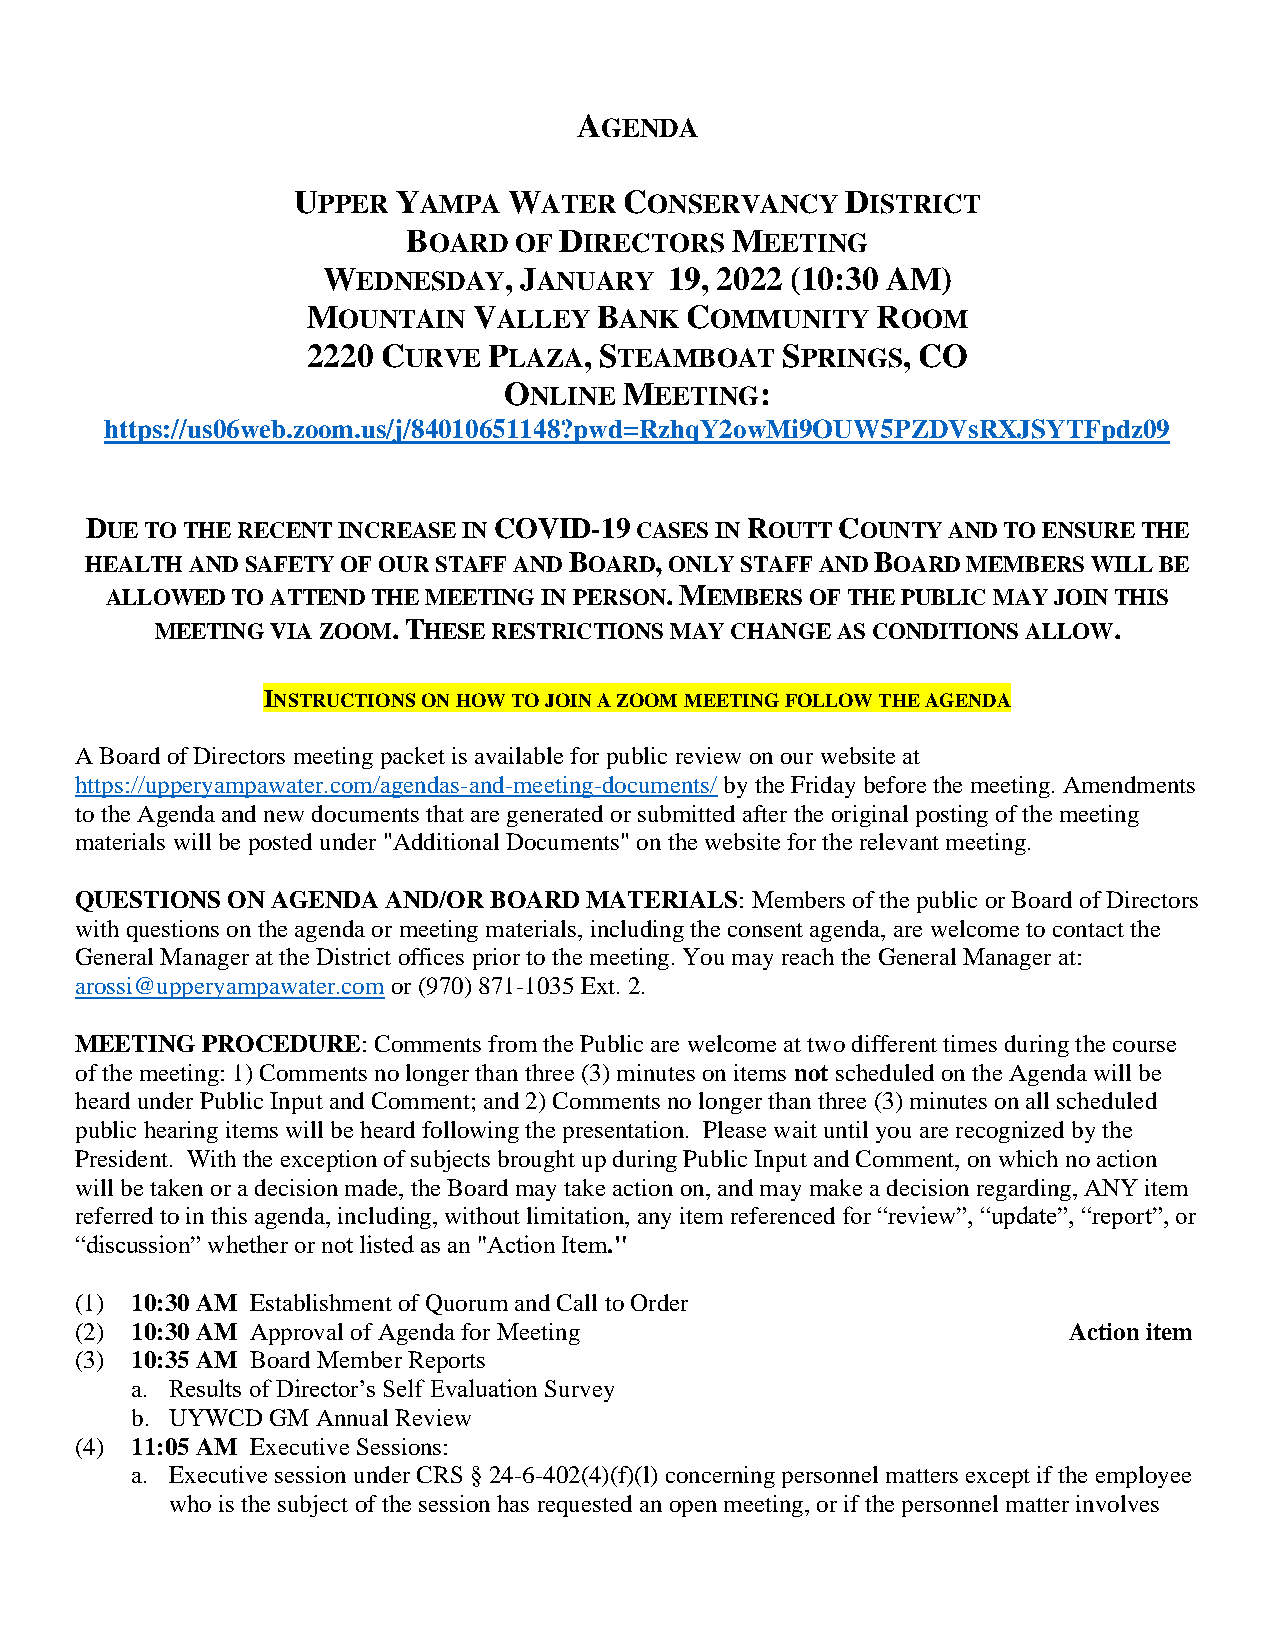
AGENDA
 UPPER  YAMPA   WATER  CONSERVANCY    DISTRICT
 BOARD  OF DIRECTORS  MEETING
 WEDNESDAY,   JANUARY   19, 2022 (10:30 AM)
 MOUNTAIN   VALLEY   BANK COMMUNITY    ROOM
 2220 CURVE  PLAZA,  STEAMBOAT   SPRINGS, CO
 ONLINE  MEETING:
 https://us06web.zoom.us/j/84010651148?pwd=RzhqY2owMi9OUW5PZDVsRXJSYTFpdz09
 DUE TO THE RECENT INCREASE IN COVID-19 CASES IN ROUTT COUNTY AND TO ENSURE THE
 HEALTH AND SAFETY OF OUR STAFF AND BOARD, ONLY STAFF AND BOARD MEMBERS WILL BE
 ALLOWED TO ATTEND THE MEETING IN PERSON. MEMBERS OF THE PUBLIC MAY JOIN THIS
 MEETING VIA ZOOM. THESE RESTRICTIONS MAY CHANGE AS CONDITIONS ALLOW.
 INSTRUCTIONS ON HOW TO JOIN A ZOOM MEETING FOLLOW THE AGENDA
 A Board of Directors meeting packet is available for public review on our website at
 https://upperyampawater.com/agendas-and-meeting-documents/ by the Friday before the meeting. Amendments
 to the Agenda and new documents that are generated or submitted after the original posting of the meeting
 materials will be posted under "Additional Documents" on the website for the relevant meeting.
 QUESTIONS ON AGENDA  AND/OR BOARD MATERIALS: Members of the public or Board of Directors
 with questions on the agenda or meeting materials, including the consent agenda, are welcome to contact the
 General Manager at the District offices prior to the meeting. You may reach the General Manager at:
 arossi@upperyampawater.com or (970) 871-1035 Ext. 2.
 MEETING PROCEDURE:  Comments from the Public are welcome at two different times during the course
 of the meeting: 1) Comments no longer than three (3) minutes on items not scheduled on the Agenda will be
 heard under Public Input and Comment; and 2) Comments no longer than three (3) minutes on all scheduled
 public hearing items will be heard following the presentation. Please wait until you are recognized by the
 President. With the exception of subjects brought up during Public Input and Comment, on which no action
 will be taken or a decision made, the Board may take action on, and may make a decision regarding, ANY item
 referred to in this agenda, including, without limitation, any item referenced for “review”, “update”, “report”, or
 “discussion” whether or not listed as an "Action Item."
 (1) 10:30 AM Establishment of Quorum and Call to Order
 (2) 10:30 AM Approval of Agenda for Meeting                       Action item
 (3) 10:35 AM Board Member Reports
 a. Results of Director’s Self Evaluation Survey
 b. UYWCD GM Annual Review
 (4) 11:05 AM Executive Sessions:
 a. Executive session under CRS § 24-6-402(4)(f)(l) concerning personnel matters except if the employee
 who is the subject of the session has requested an open meeting, or if the personnel matter involves